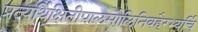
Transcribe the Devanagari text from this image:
प्रत्यर्थिक्षितीपालमौलिनिवहैरभ्यर्चि